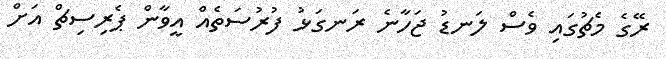
ރޭގެ މެޗުގައި ވެސް ލަނޑު ޖަހާނެ ރަނގަޅު ފުރުސަތެއް އީވާން ޕެރިސިޗް އަށް